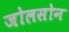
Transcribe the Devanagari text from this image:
जोलसोन